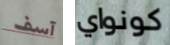
آسف كونواي